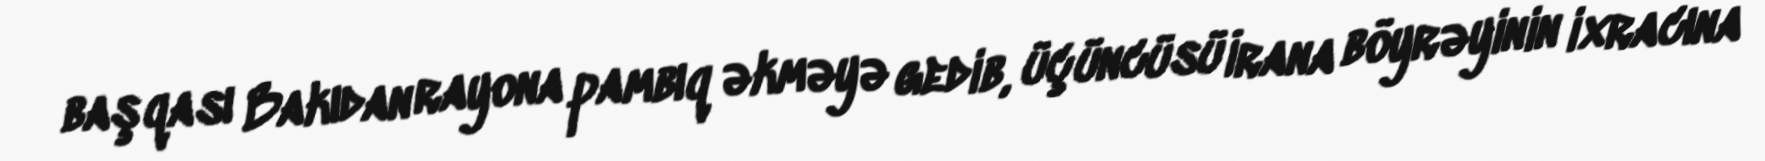
başqası Bakıdan rayona pambıq əkməyə gedib, üçüncüsü İrana böyrəyinin ixracına